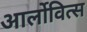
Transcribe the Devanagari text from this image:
आर्लोवित्स